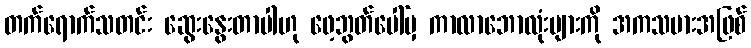
တက်ရောက်သတင်း ဆွေးနွေးတာပါဟု ဖေ့ဘွတ်ပေါ်မှ ကာလာဘောလုံးများကို အကသမားအဖြစ်